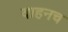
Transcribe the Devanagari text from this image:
वाहनच